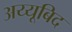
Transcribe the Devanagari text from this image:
अय्यूबिद